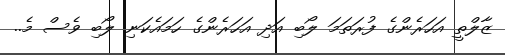
ޒާލްތީ އަހަރެންގެ ފުރަތަމަ ލޯބި އަދި އަހަރެންގެ ހަމައެކަނި ލޯބި ވެސް މެ..